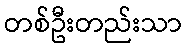
တစ်ဦးတည်းသာ